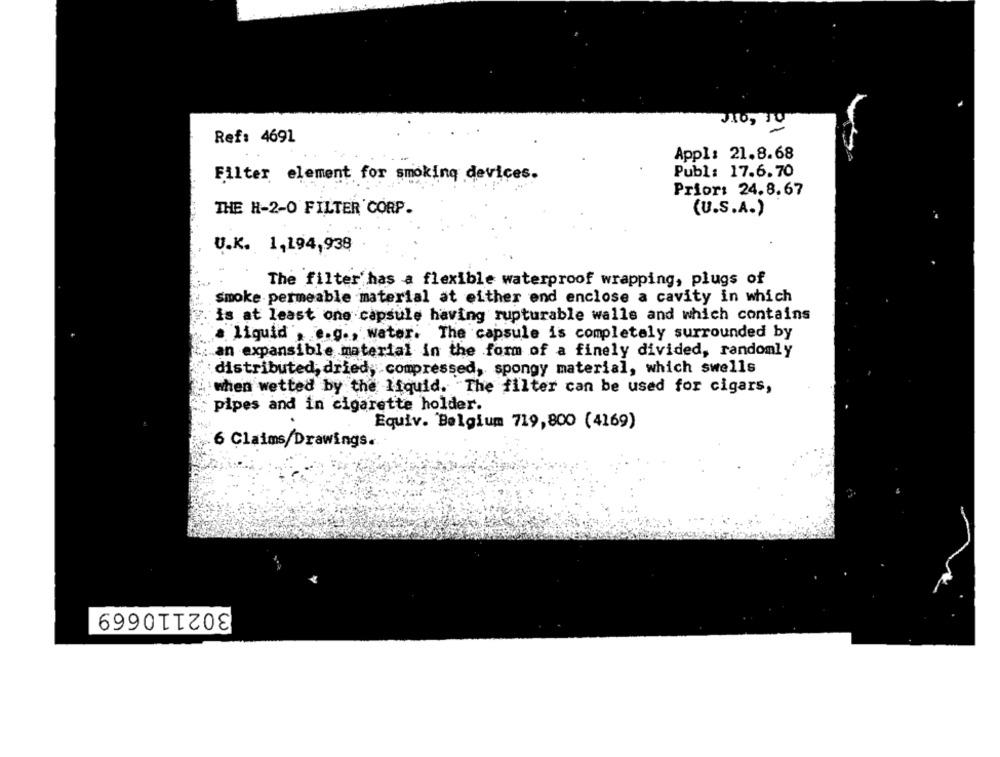
Ref: 4691
Appl: 21.8.68
Publ: 17.6.70
Filter element for smoking devices.
Prior: 24.8.67
THE H-2-0 FILTER CORP.
(U.S.A.)
U.K. 1,194,938
The filter has a flexible waterproof wrapping, plugs of
smoke permeable material at either end enclose a cavity in which
is at least one capsule having rupturable walls and which contains
a liquid , e.g ., water: The capsule is completely surrounded by
an expansible material in the form of a finely divided, randomly
distributed, dried, compressed, spongy material, which swells
:when wetted by the liquid. The filter can be used for cigars,
pipes and in cigarette holder.
Equiv. Belgium 719,800 (4169)
6 Claims/Drawings.
302110669